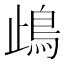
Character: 𩾰